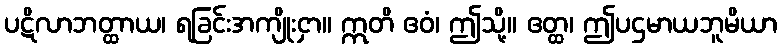
ပဋိလာဘတ္ထာယ၊ ရခြင်းအကျိုးငှာ။ ဣတိ ဧဝံ၊ ဤသို့။ ဧတ္ထ၊ ဤပဌမာယဘူမိယာ